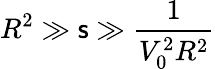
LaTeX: R^{2}\gg\mathsf{s}\gg\frac{{1}}{{V_{0}^{2}R^{2}}}